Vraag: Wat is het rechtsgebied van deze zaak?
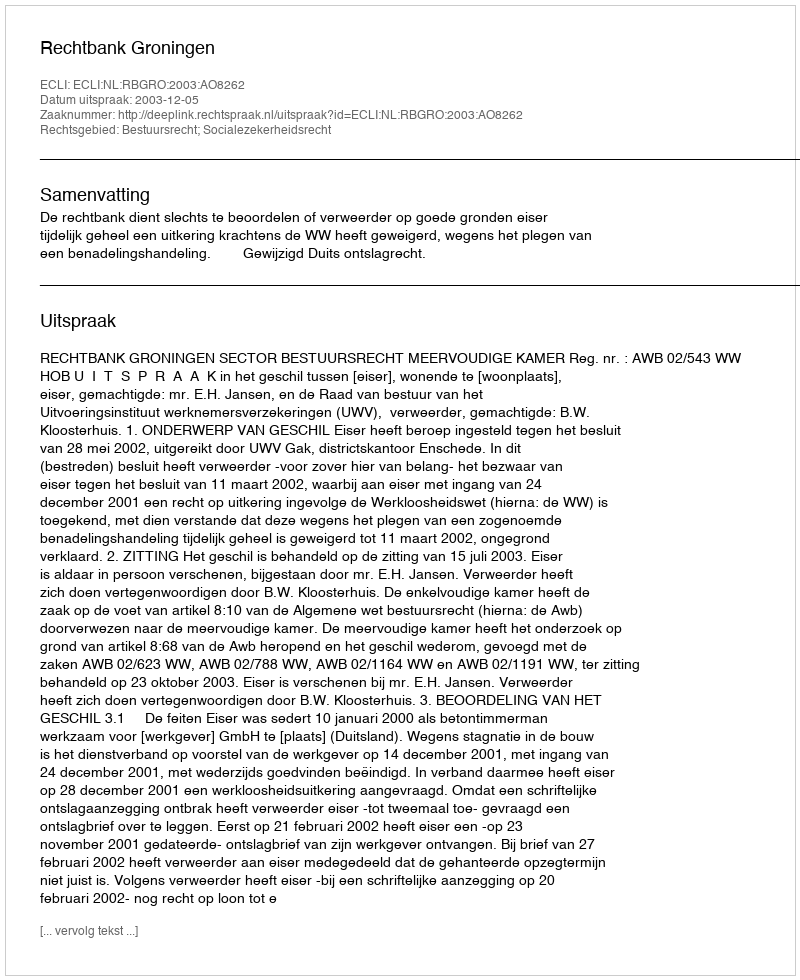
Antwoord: Bestuursrecht; Socialezekerheidsrecht